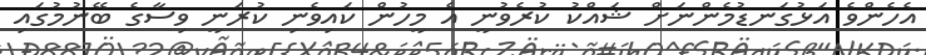
އެހެންވެ އަޅުގަނޑުމެންނަށް ޝައްކު ކުރެވުނީ އެ މީހުން ކައިވެނި ކުރަނީ ވިސާގެ ބޭނުމުގައި